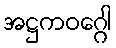
အဋ္ဌကဝဂ္ဂေါ